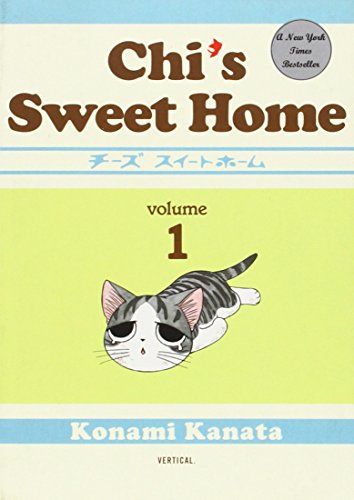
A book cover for Chi's Sweet Home, volume 1; Kanata Konami; Children's Books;